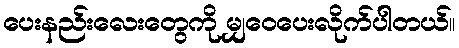
ပေးနည်းလေးတွေကို မျှဝေပေးလိုက်ပါတယ်။